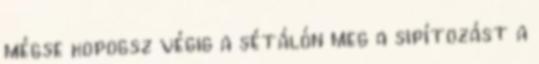
mégse kopogsz végig a sétálón meg a sipítozást a